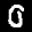
Label: 0